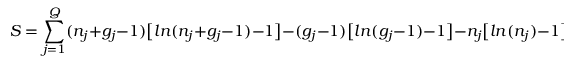
S = \sum _ { j = 1 } ^ { Q } ( n _ { j } + g _ { j } - 1 ) \big [ l n ( n _ { j } + g _ { j } - 1 ) - 1 \big ] - ( g _ { j } - 1 ) \big [ l n ( g _ { j } - 1 ) - 1 \big ] - n _ { j } \big [ l n ( n _ { j } ) - 1 \big ] ;